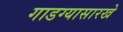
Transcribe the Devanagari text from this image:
गाडग्यासारखे